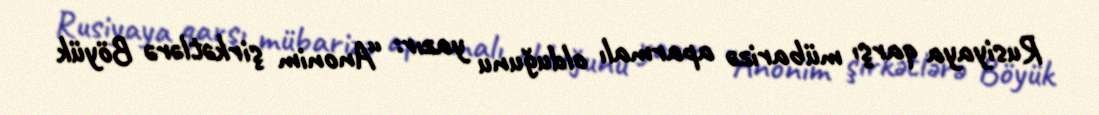
Rusiyaya qarşı mübarizə aparmalı olduğunu yazır: “Anonim şirkətlərə Böyük